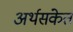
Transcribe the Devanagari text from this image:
अर्थसंकेत